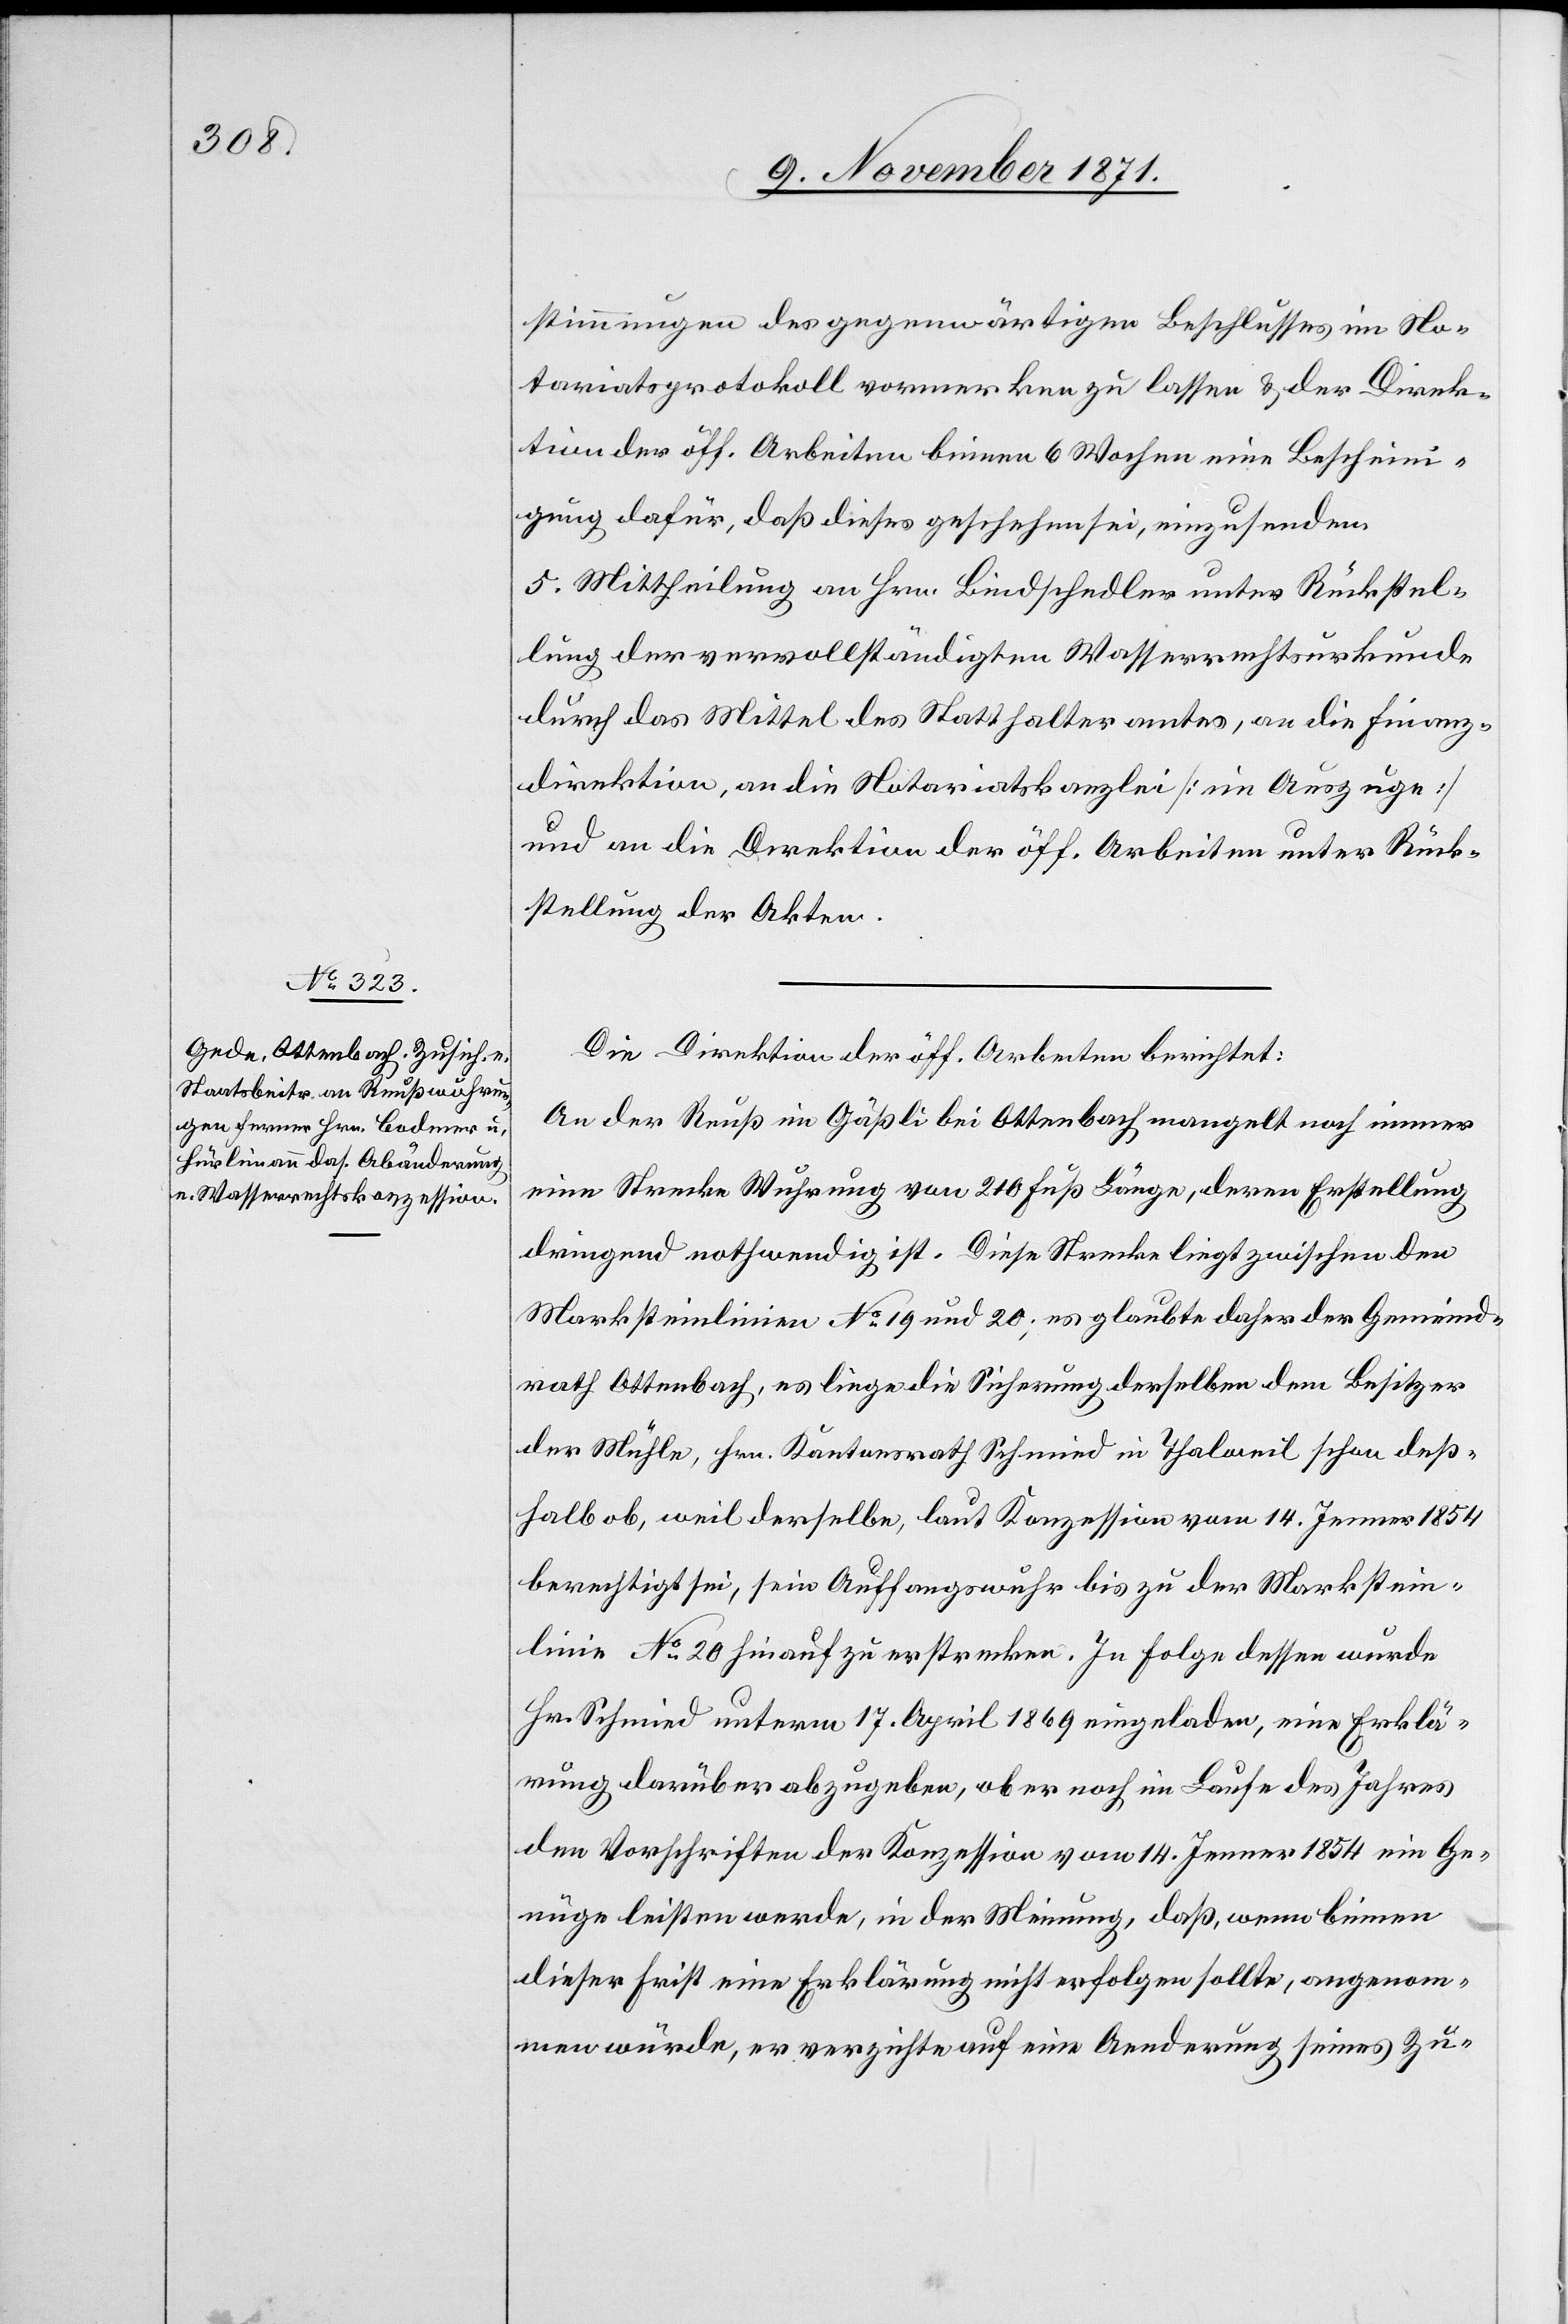
stimmungen des gegenwärtigen Beschlusses im No¬
tariatsprotokoll vormerken zu lassen & der Direk¬
tion der öff. Arbeiten binnen 6 Wochen eine Bescheini¬
gung dafür, daß dieses geschehen sei, einzusenden.
5. Mittheilung an Hrn. Bindschedler unter Rückstel¬
lung der vervollständigten Wasserrechtsurkunde
durch das Mittel des Statthalteramtes, an die Finanz¬
direktion, an die Notariatskanzlei [im Auszuge]
und an die Direktion der öff. Arbeiten unter Rück¬
stellung der Akten.
Die Direktion der öff. Arbeiten berichtet:
An der Reuß im Gäßli bei Ottenbach mangelt noch immer
eine Strecke Wuhrung von 210 Fuß Länge, deren Erstellung
dringend nothwendig ist. Diese Strecke liegt zwischen den
Marksteinlinien No 19 und 20, es glaubte daher der Gemeind¬
rath Ottenbach, es liege die Sicherung derselben dem Besitzer
der Mühle, Hrn. Kantonsrath Schmied in Thalweil schon deß¬
halb ob, weil derselbe, laut Konzession vom 14. Jenner 1854
berechtigt sei, sein Auffangswuhr bis zu der Markstein¬
linie No 20 hinauf zu erstrecken. In Folge dessen wurde
Hr. Schmied unterm 17. April 1869 eingeladen, eine Erklä¬
rung darüber abzugeben, ob er noch im Laufe des Jahres
den Vorschriften der Konzession vom 14. Jenner 1854 ein Ge¬
nüge leisten werde, in der Meinung, daß wenn binnen
dieser Frist eine Erklärung nicht erfolgen sollte, angenom¬
men würde, er verzichte auf eine Aenderung seines Zu-